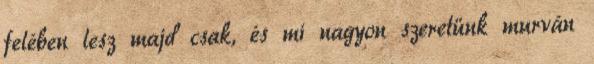
felében lesz majd csak, és mi nagyon szeretünk murván